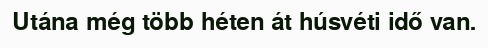
Utána még több héten át húsvéti idő van.